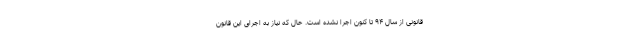
قانونی از سال ۹۴ تا کنون اجرا نشده است. حال که نیاز به اجرای این قانون